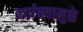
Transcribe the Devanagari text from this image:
वार्धक्यामुळे